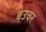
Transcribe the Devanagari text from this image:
बउचर